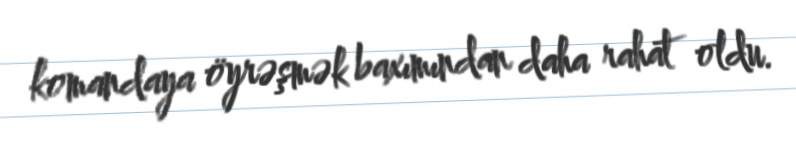
komandaya öyrəşmək baxımından daha rahat oldu.